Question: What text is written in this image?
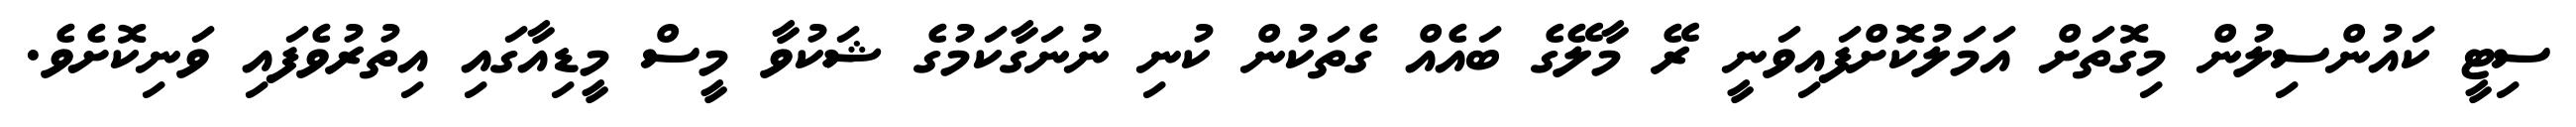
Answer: ސިޓީ ކައުންސިލުން މިގޮތަށް އަމަލުކޮށްފައިވަނީ ރޭ މާލޭގެ ބައެއް ގެތަކުން ކުނި ނުނަގާކަމުގެ ޝަކުވާ މީސް މީޑިއާގައި އިތުރުވެފައި ވަނިކޮށެވެ.